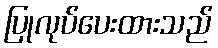
ပြုလုပ်ပေးထားသည်